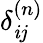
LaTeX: \delta_{\mathit{i}j}^{(n)}